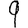
Digit: 9